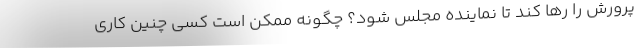
پرورش را رها کند تا نماینده مجلس شود؟ چگونه ممکن است کسی چنین کاری